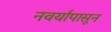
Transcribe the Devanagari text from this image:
नवर्यापासून